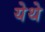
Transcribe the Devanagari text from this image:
येेथे